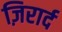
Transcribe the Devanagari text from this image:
ज़िरार्द